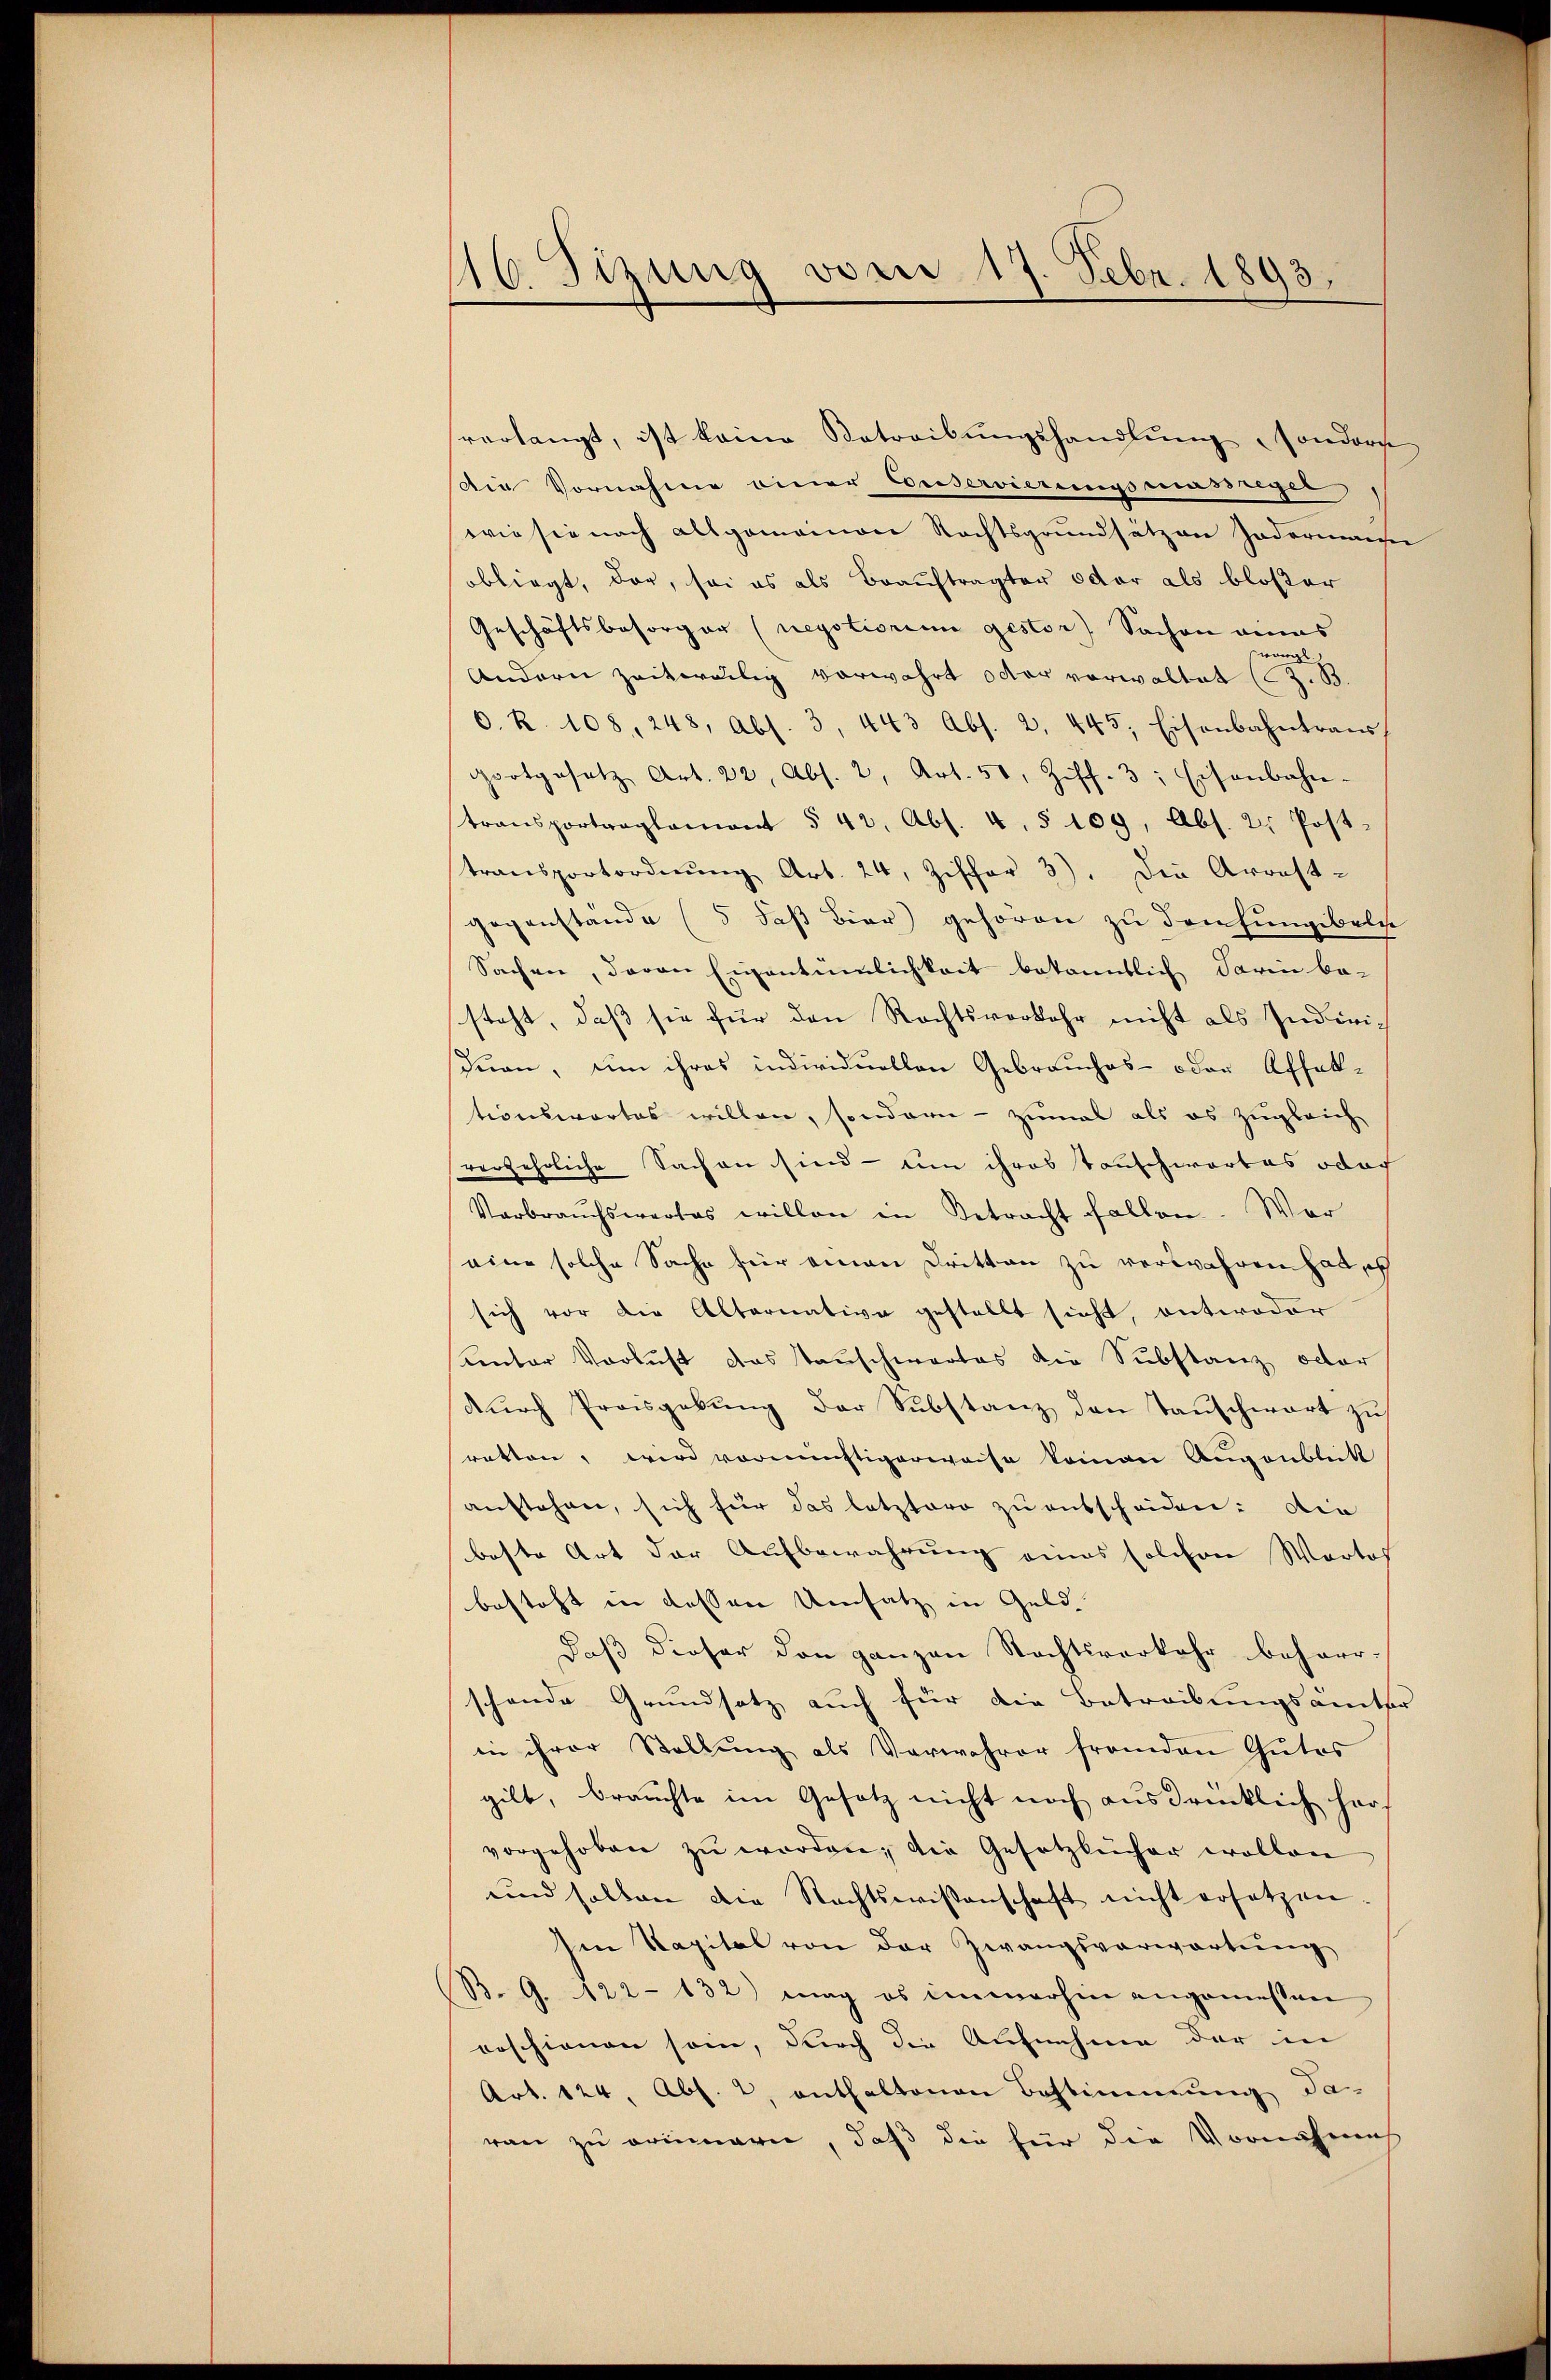
46. Tizung vom 17. Febr. 1893.
1

verlangt, ist keine Betreibŭngshandlŭng, sondern
die Vornahme einer Buservierungsmässiger
wie sie nach allgemeinen Rechtsgrundsätzen Jedermann
obliegt, dar, sei es als Beauftragter oder als bloßer
Geschäftsbesorger (negotiorium gestor) Sachen eines
u
B
Andern zeitweilig vorwahrt oder vorwaltet (3.
O. R. 108, 248, Abs. 3, 443 Abs. 2, 445. Eisenbahntrans
Fortgesetz Art. 22, Abs. 2, Art. 51, Ziff. 3: Eisenbahn-
transportraglamont § 42. Abs. 4. § 109, Abs. 2. Post.
transportordnung Art. 24, Ziffer 3). Die Arrest-
gegenstände (5 daß Bier) gehören zu dreifungibelge
Sachen, davon Eigentümlichkeit bekanntlich darin be-
steht, daß sie für den Rechtsverkehr nicht als Inderich
Juan, um ihres individuellen Gebrauches- oder Affektionswortes willen, sondern - zumal als es zugleich
verzehrliche Sachen sind - um ihres tonschwartes oder
Verbraŭchswertes willen in Betracht fallen. War
eine solche Sache für einen Dritten zu verwahren hat, ich
sich vor die Alternative gestellt sicht, antwoder
unter Verlust das Tauschwartes die Substanz oder
durch Preisgebung der Substanz den Tauschwart zu
ratten, wird vernünftigerweise komen Augenblick
anstehen, sich für das letztere zu entscheiden: Die
beste Art der Aufbewahrung eines solchen Wartof
besteht in dessen Umsatz in Geld
daß dieser den ganzen Rechtsverkehr beharr-
schende Grundsatz auch für die Betreibungsämter
in ihrer Stellung als Verwahrer fremden Gutes
gilt, brauchte im Gesetz nicht noch ausdrücklich hers
vorgehoben zŭ werden; die Gesetzbücher wollen
und sollen die Rechtswissenschaft nicht ersetzen.
Ien Kapital von der Zwangsverwortung
B. G. 122-132) mag es immerhin angemessen
erschienen sein, durch die Aufnahme der in
Art. 124. Abs. 2, enthaltenen Bestimmung da-
ran zu erinnern, daß die für die Vornahmes